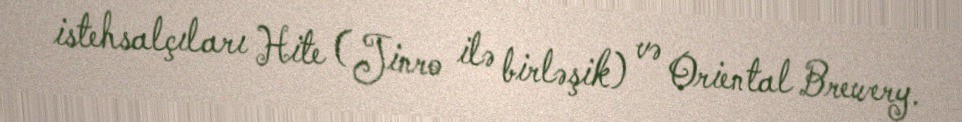
istehsalçıları Hite (Jinro ilə birləşik) və Oriental Brewery.